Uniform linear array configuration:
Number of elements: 8
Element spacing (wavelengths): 0.5
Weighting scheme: blackman
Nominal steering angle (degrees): -45
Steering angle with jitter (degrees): -46.64
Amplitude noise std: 0.05
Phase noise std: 0.05

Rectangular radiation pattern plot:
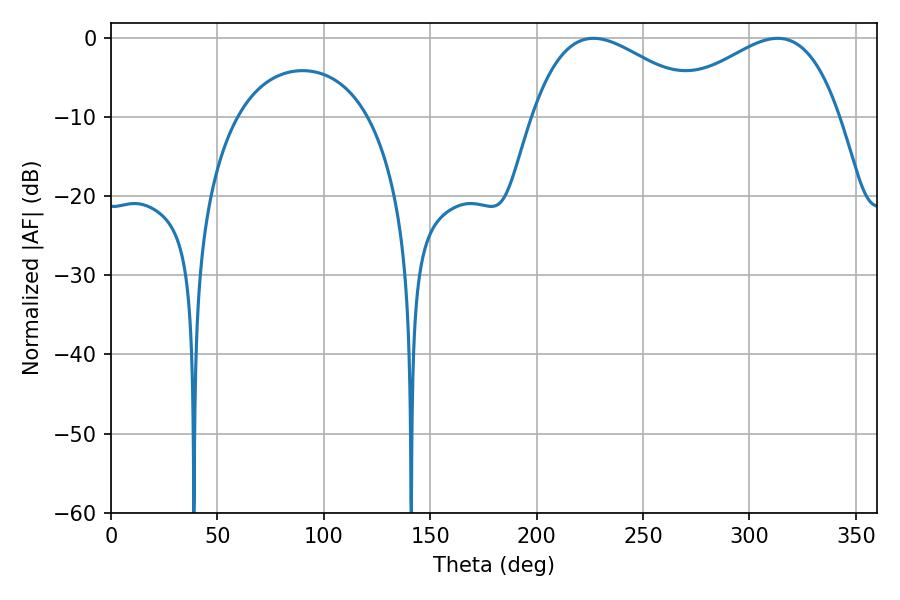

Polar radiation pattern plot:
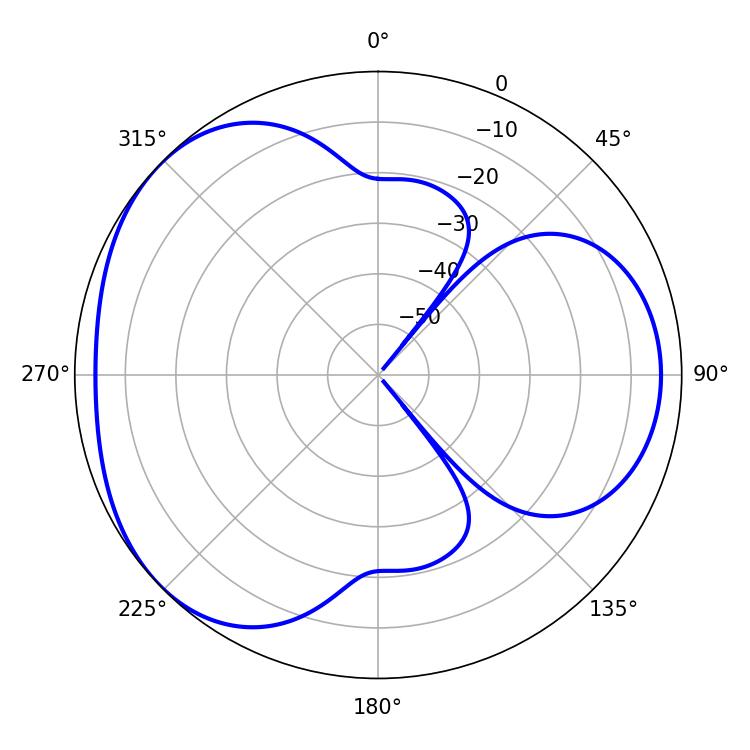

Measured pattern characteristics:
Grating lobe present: FALSE
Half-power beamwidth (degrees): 44.64
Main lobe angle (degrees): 226.8